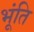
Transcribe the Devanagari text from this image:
भूंति